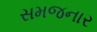
સમજનાર